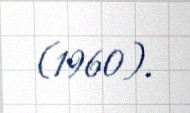
(1960).